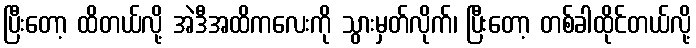
ပြီးတော့ ထိတယ်လို့ အဲဒီအထိကလေးကို သွားမှတ်လိုက်၊ ပြီးတော့ တစ်ခါထိုင်တယ်လို့